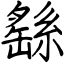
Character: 繇